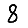
Digit: 8